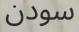
سودن